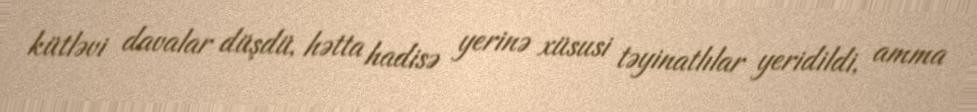
kütləvi davalar düşdü, hətta hadisə yerinə xüsusi təyinatlılar yeridildi, amma